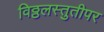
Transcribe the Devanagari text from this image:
विठ्ठलस्तुतीपर